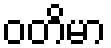
ဝတိမာ